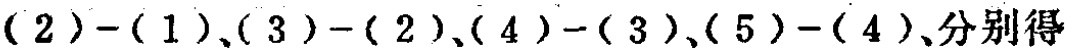
\((2)-(1),(3)-(2),(4)-(3),(5)-(4),分别得\)